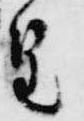
皇